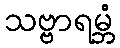
သဗ္ဗာရမ္ဘံ